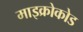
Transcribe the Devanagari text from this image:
माइक्रोकोड